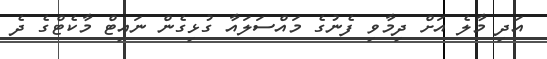
އަދި މާލެ އަށް ދިމާވި ފެނުގެ މައްސަލައާ ގުޅިގެން ނައިޓް މާކެޓްގެ ދެ